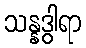
သန္နဒွါရာ